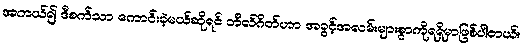
အကယ်၍ ဒီစက်သာ ကောင်းခဲ့မယ်ဆိုရင် ဘီလ်ဂိတ်ဟာ အခွင့်အလမ်းများစွာကိုရရှိမှာဖြစ်ပါတယ်။